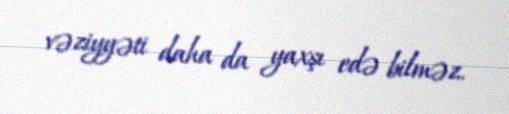
vəziyyəti daha da yaxşı edə bilməz.